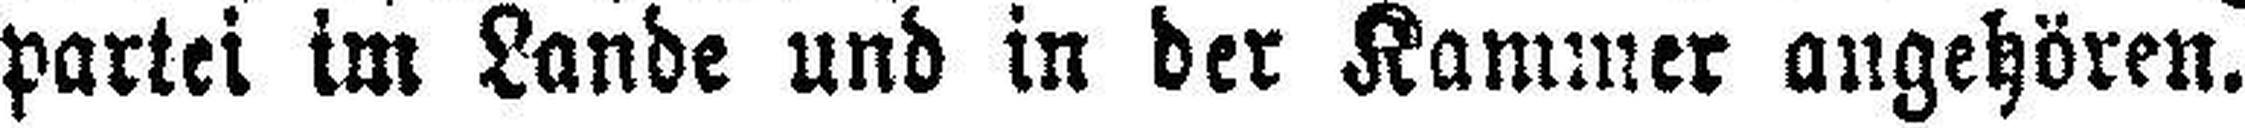
partei im Lande und in der Kammer angehören.